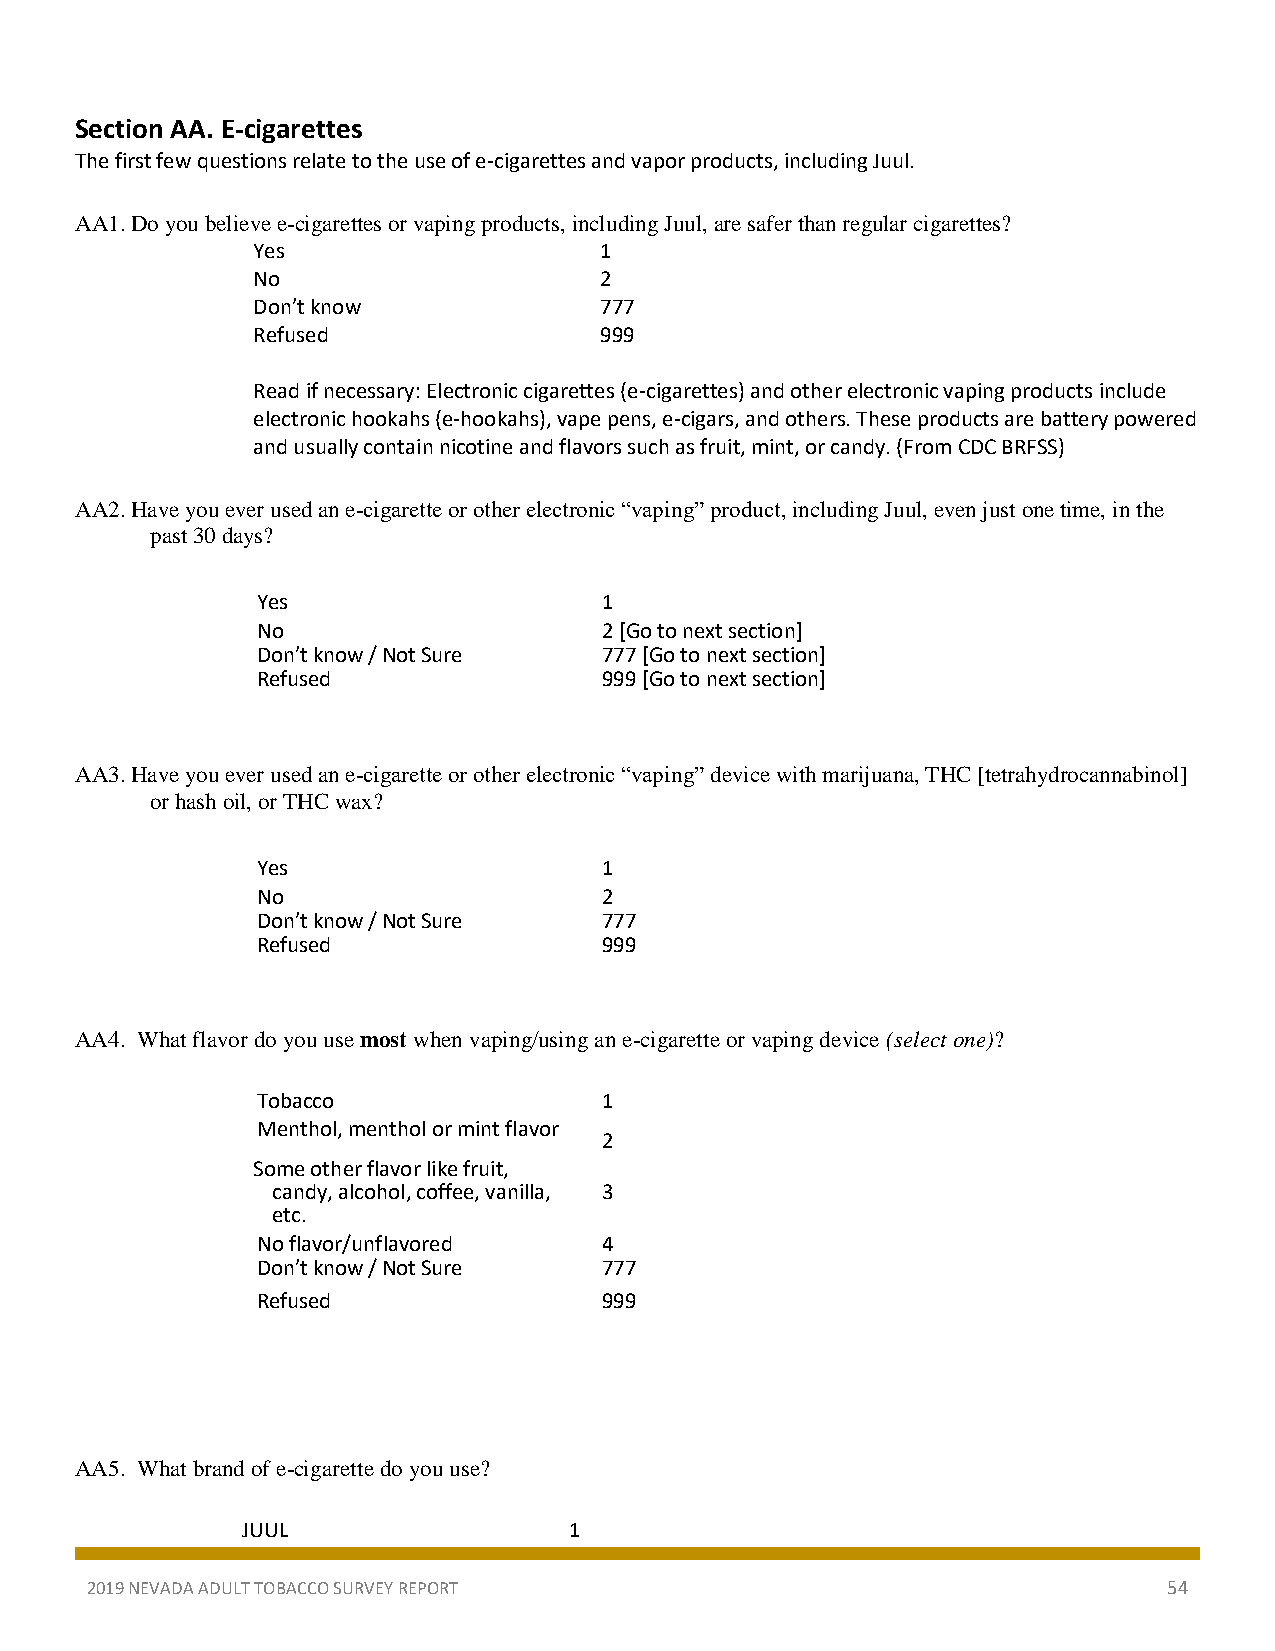
Section AA. E-cigarettes
 The first few questions relate to the use of e-cigarettes and vapor products, including Juul.
 AA1. Do you believe e-cigarettes or vaping products, including Juul, are safer than regular cigarettes?
 Yes                    1
 No                     2
 Don’t know             777
 Refused                999
 Read if necessary: Electronic cigarettes (e-cigarettes) and other electronic vaping products include
 electronic hookahs (e-hookahs), vape pens, e-cigars, and others. These products are battery powered
 and usually contain nicotine and flavors such as fruit, mint, or candy. (From CDC BRFSS)
 AA2. Have you ever used an e-cigarette or other electronic “vaping” product, including Juul, even just one time, in the
 past 30 days?
 Yes                    1
 No                     2 [Go to next section]
 Don’t know / Not Sure  777 [Go to next section]
 Refused                999 [Go to next section]
 AA3. Have you ever used an e-cigarette or other electronic “vaping” device with marijuana, THC [tetrahydrocannabinol]
 or hash oil, or THC wax?
 Yes                    1
 No                     2
 Don’t know / Not Sure  777
 Refused                999
 AA4. What flavor do you use most when vaping/using an e-cigarette or vaping device (select one)?
 Tobacco                1
 Menthol, menthol or mint flavor
 2
 Some other flavor like fruit,
 candy, alcohol, coffee, vanilla, 3
 etc.
 No flavor/unflavored   4
 Don’t know / Not Sure  777
 Refused                999
 AA5. What brand of e-cigarette do you use?
 JUUL                  1
 2019 NEVADA ADULT TOBACCO SURVEY REPORT                                54